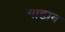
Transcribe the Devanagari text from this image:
गाडाव